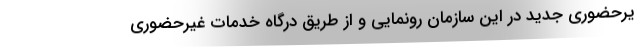
یرحضوری جدید در این سازمان رونمایی و از طریق درگاه خدمات غیرحضوری